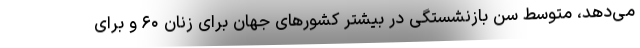
می‌دهد، متوسط سن بازنشستگی در بیشتر کشورهای جهان برای زنان ۶۰ و برای